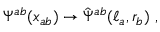
\Psi ^ { a b } ( x _ { a b } ) \rightarrow \hat { \Psi } ^ { a b } ( \ell _ { a } , r _ { b } ) \, \, ,